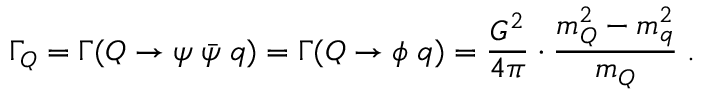
\Gamma _ { Q } = \Gamma ( Q \to \psi \; { \bar { \psi } } \; q ) = \Gamma ( Q \to \phi \; q ) = \frac { G ^ { 2 } } { 4 \pi } \cdot \frac { m _ { Q } ^ { 2 } - m _ { q } ^ { 2 } } { m _ { Q } } \; .